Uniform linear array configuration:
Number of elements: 32
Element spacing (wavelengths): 0.5
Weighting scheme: exponential
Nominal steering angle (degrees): -30
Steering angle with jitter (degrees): -29.295
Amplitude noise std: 0.05
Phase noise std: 0.05

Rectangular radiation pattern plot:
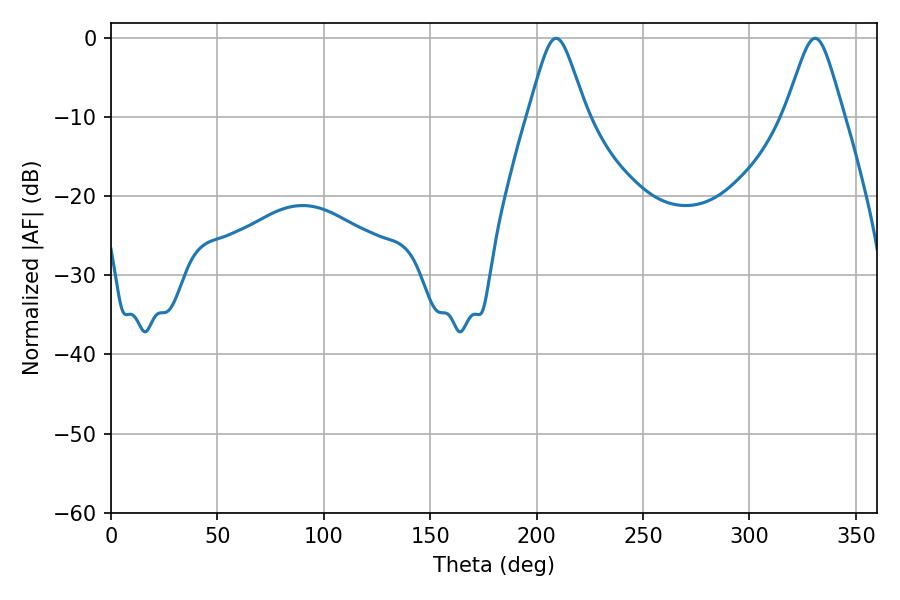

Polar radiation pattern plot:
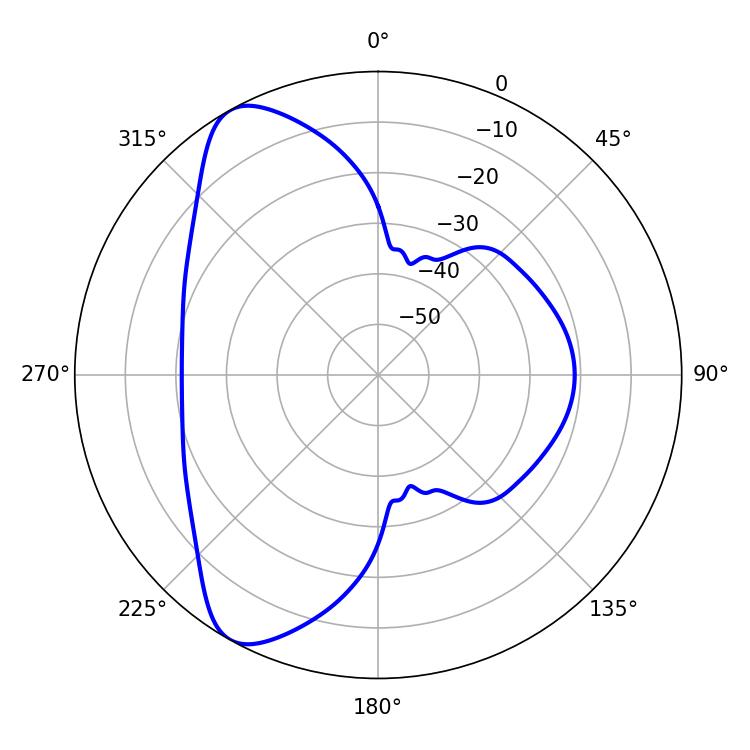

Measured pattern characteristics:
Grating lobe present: FALSE
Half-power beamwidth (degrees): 13.14
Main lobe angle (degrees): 209.16